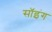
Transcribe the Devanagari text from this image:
सॉइंग